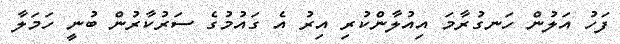
ފަހު އަލުން ހަނގުރާމަ އިއުލާންކުރި އިރު އެ ގައުމުގެ ސަރުކާރުން ބުނީ ހަމަލާ